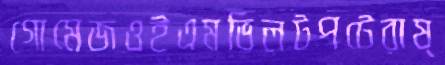
গোমেজওইএমভিলটপটেরাষ্